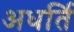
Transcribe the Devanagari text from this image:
अधर्ति